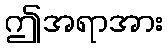
ဤအရာအား